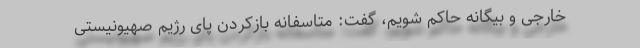
خارجی و بیگانه حاکم شویم، گفت: متاسفانه بازکردن پای رژیم صهیونیستی